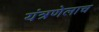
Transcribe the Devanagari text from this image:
यंत्रणेलाच